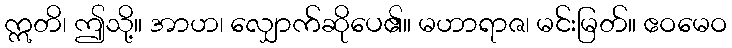
ဣတိ၊ ဤသို့။ အာဟ၊ လျှောက်ဆိုပေ၏။ မဟာရာဇ၊ မင်းမြတ်။ ဧဝမေဝ